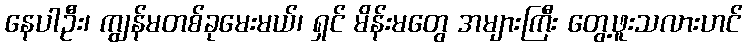
နေပါဦး၊ ကျွန်မတစ်ခုမေးမယ်၊ ရှင် မိန်းမတွေ အများကြီး တွေ့ဖူးသလားဟင်